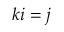
k i = j